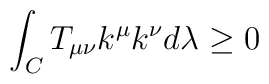
\int_{C} T_{\mu\nu}k^{\mu}k^{\nu} d\lambda \ge 0